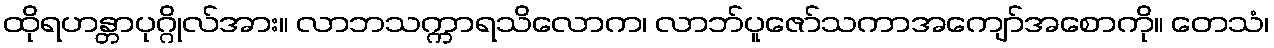
ထိုရဟန္တာပုဂ္ဂိုလ်အား။ လာဘသက္ကာရသိလောက၊ လာဘ်ပူဇော်သကာအကျော်အစောကို။ တေသံ၊